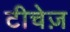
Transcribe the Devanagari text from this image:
टीचेज़